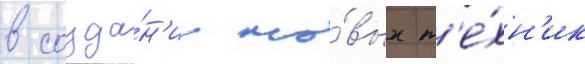
в созда́н'ии но́вых т'е́хн'ик